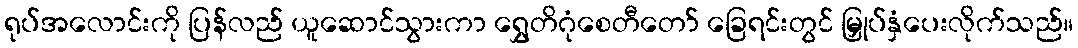
ရုပ်အလောင်းကို ပြန်လည် ယူဆောင်သွားကာ ရွှေတိဂုံစေတီတော် ခြေရင်းတွင် မြှုပ်နှံပေးလိုက်သည်။